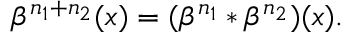
\beta ^ { n _ { 1 } + n _ { 2 } } ( x ) = ( \beta ^ { n _ { 1 } } * \beta ^ { n _ { 2 } } ) ( x ) .